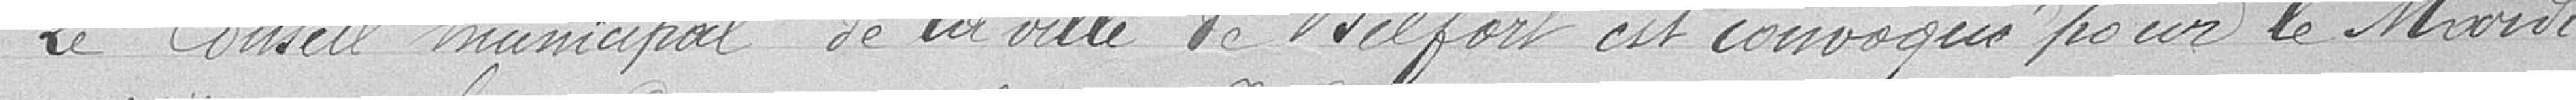
Le Conseil municipal de la ville de Belfort est convoquée pour le Mardi